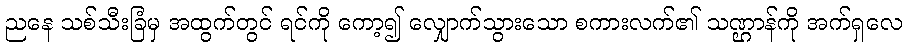
ညနေ သစ်သီးခြံမှ အထွက်တွင် ရင်ကို ကော့၍ လျှောက်သွားသော စကားလက်၏ သဏ္ဌာန်ကို အက်ရှလေ